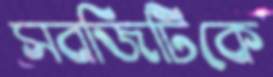
সবজিটিকে